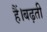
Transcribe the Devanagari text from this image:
हैं।बढ़ती